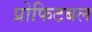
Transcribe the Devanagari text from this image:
प्रोफिटबल